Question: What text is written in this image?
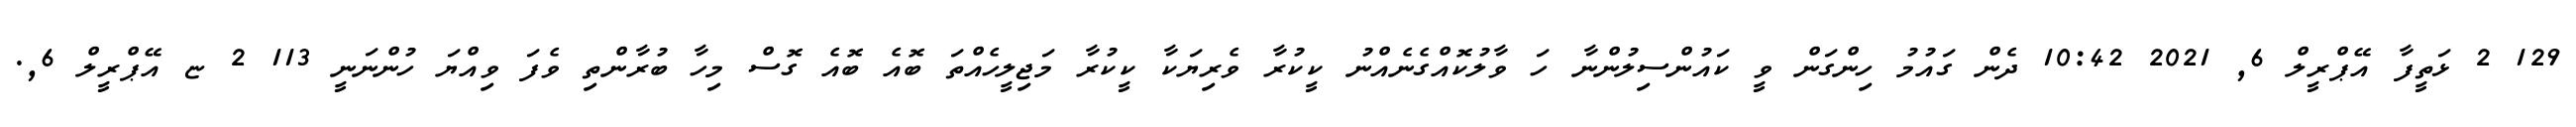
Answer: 129 2 ޅަތީފާ އޭޕްރީލް 6, 2021 10:42 ދެން ގައުމު ހިންގަން ވީ ކައުންސިލުންނާ ހަ ވާލުކޮއްގެނެއްނު ކީކުރާ ވެރިޔަކާ ކީކުރާ މަޖިލީހެއްތަ ބޮއެ ބޮއެ ގޮސް މިހާ ބުރާންތި ވެފަ ވިއްޔަ ހުންނަނީ 113 2 ޏ އޭޕްރީލް 6,.